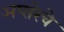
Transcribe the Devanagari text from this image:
अप्सरेचे